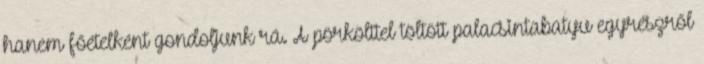
hanem főételként gondoljunk rá. A pörkölttel töltött palacsintabatyu egyrészről